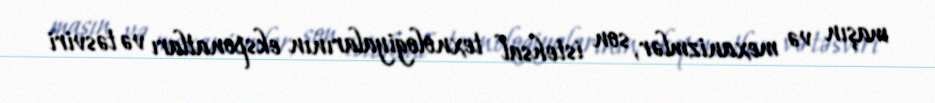
maşın və mexanizmlər, son istehsal texnologiyalarının eksponatları və təsviri